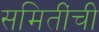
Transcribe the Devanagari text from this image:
समितींची